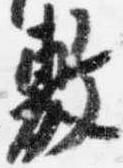
敷